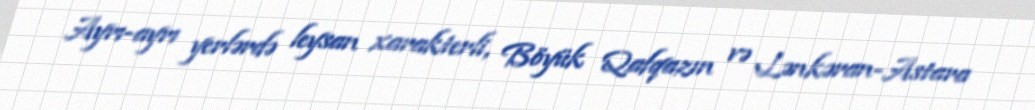
Ayrı-ayrı yerlərdə leysan xarakterli, Böyük Qafqazın və Lənkəran-Astara